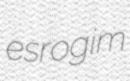
esrogim